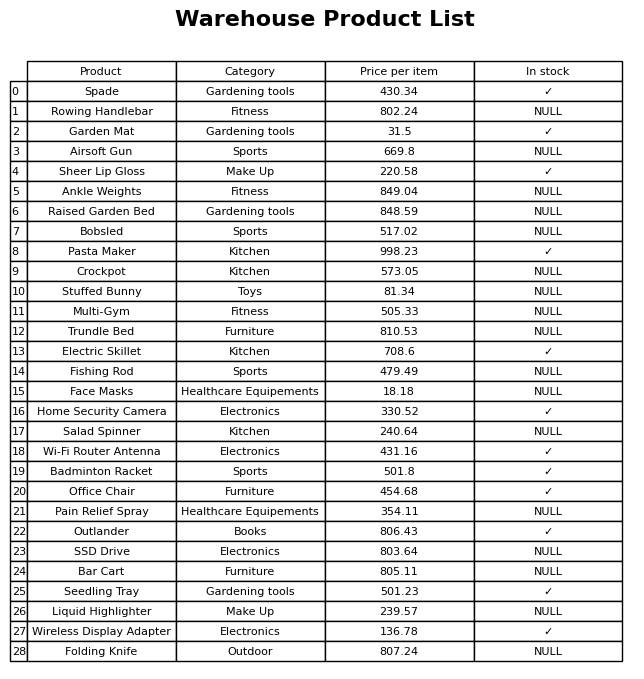
question: What is the price of the Ankle Weights?
answer: The price of Ankle Weights is 849.04.